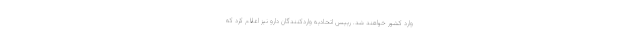
وارد کشور خواهند شد. رییس اتحادیه واردکنندگان دارو نیز اعلام کرد که